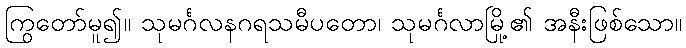
ကြွတော်မူ၍။ သုမင်္ဂလနဂရသမီပတော၊ သုမင်္ဂလာမြို့၏ အနီးဖြစ်သော။